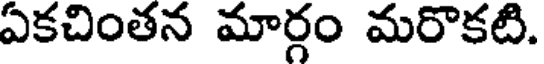
ఏకచింతన మార్గం మరొకటి.